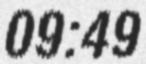
09:49